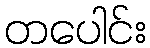
တပေါင်း